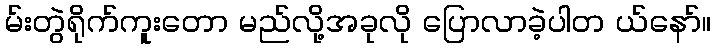
မ်းတွဲရိုက်ကူးတော မည်လို့အခုလို ပြောလာခဲ့ပါတ ယ်နော်။